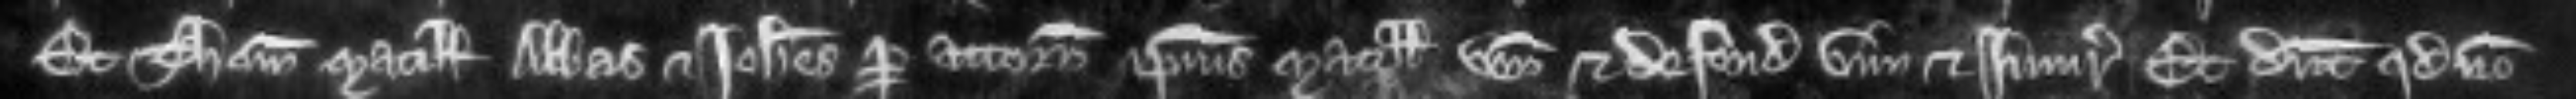
Et Thomas Matillidis abbas et Johannes per attornatum ipsius Matillidis veniunt et defendunt vim et injuriam Et dicunt quod non